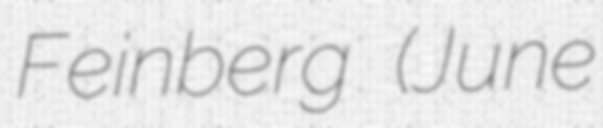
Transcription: Feinberg (June